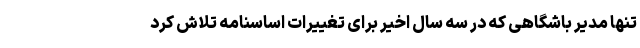
تنها مدیر باشگاهی که در سه سال اخیر برای تغییرات اساسنامه تلاش کرد